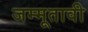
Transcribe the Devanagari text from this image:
जम्मूतावी